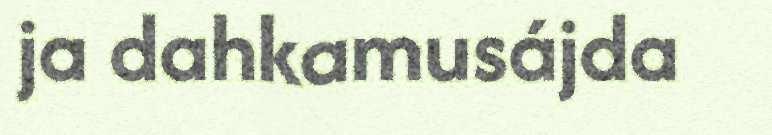
ja dahkamusájda